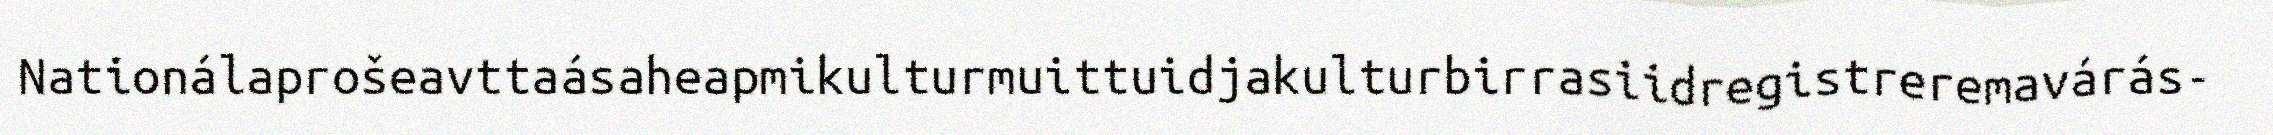
Nationálaprošeavttaásaheapmikulturmuittuidjakulturbirrasiidregistreremavárás-